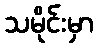
သမိုင်းမှာ